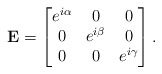
\begin{align*} {\bf E}=\begin{bmatrix} e^{i\alpha} & 0 & 0 \\ 0 & e^{i\beta} & 0 \\ 0 & 0 & e^{i\gamma} \end{bmatrix}.\end{align*}